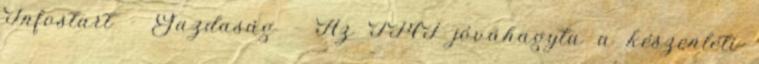
Infostart - Gazdaság - Az IMF jóváhagyta a készenléti